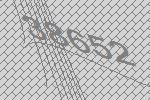
38652